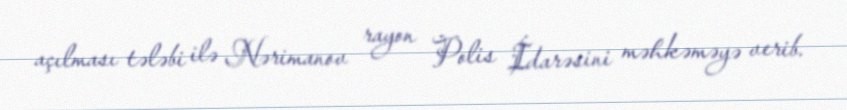
açılması tələbi ilə Nərimanov rayon Polis İdarəsini məhkəməyə verib.